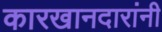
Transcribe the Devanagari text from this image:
कारखानदारांनी